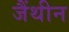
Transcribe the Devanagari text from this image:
जैंथीन